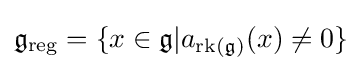
{\mathfrak {g}}_{\text{reg}}=\{x\in {\mathfrak {g}}|a_{\operatorname {rk} ({\mathfrak {g}})}(x)\neq 0\}